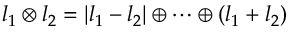
l _ { 1 } \otimes l _ { 2 } = | l _ { 1 } - l _ { 2 } | \oplus \cdots \oplus ( l _ { 1 } + l _ { 2 } )